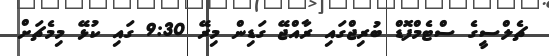
ޗެލްސީގެ ސްޓެމްފޮޑް ބުރިޖްގައި ރާއްޖޭ ގަޑިން މިރޭ 9:30 ގައި ކުޅޭ މިމެޗަށް